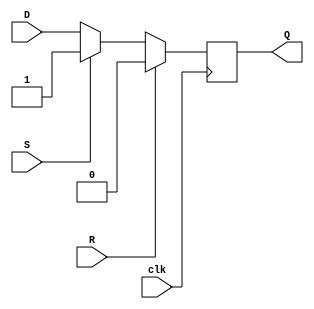
module d_flipflop (
    input wire D,
    input wire clk,
    input wire S,
    input wire R,
    output reg Q
);

always @(posedge clk) begin
    if (R) begin
        Q <= 1'b0;
    end else if (S) begin
        Q <= 1'b1;
    end else begin
        Q <= D;
    end
end

endmodule